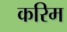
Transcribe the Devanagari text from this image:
करिम